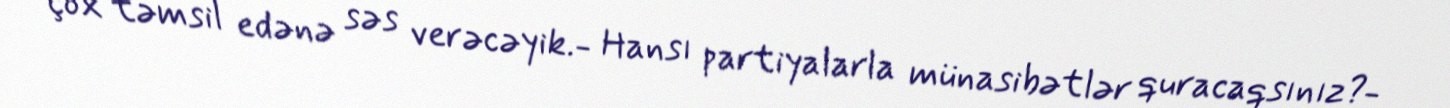
çox təmsil edənə səs verəcəyik.- Hansı partiyalarla münasibətlər quracaqsınız?-